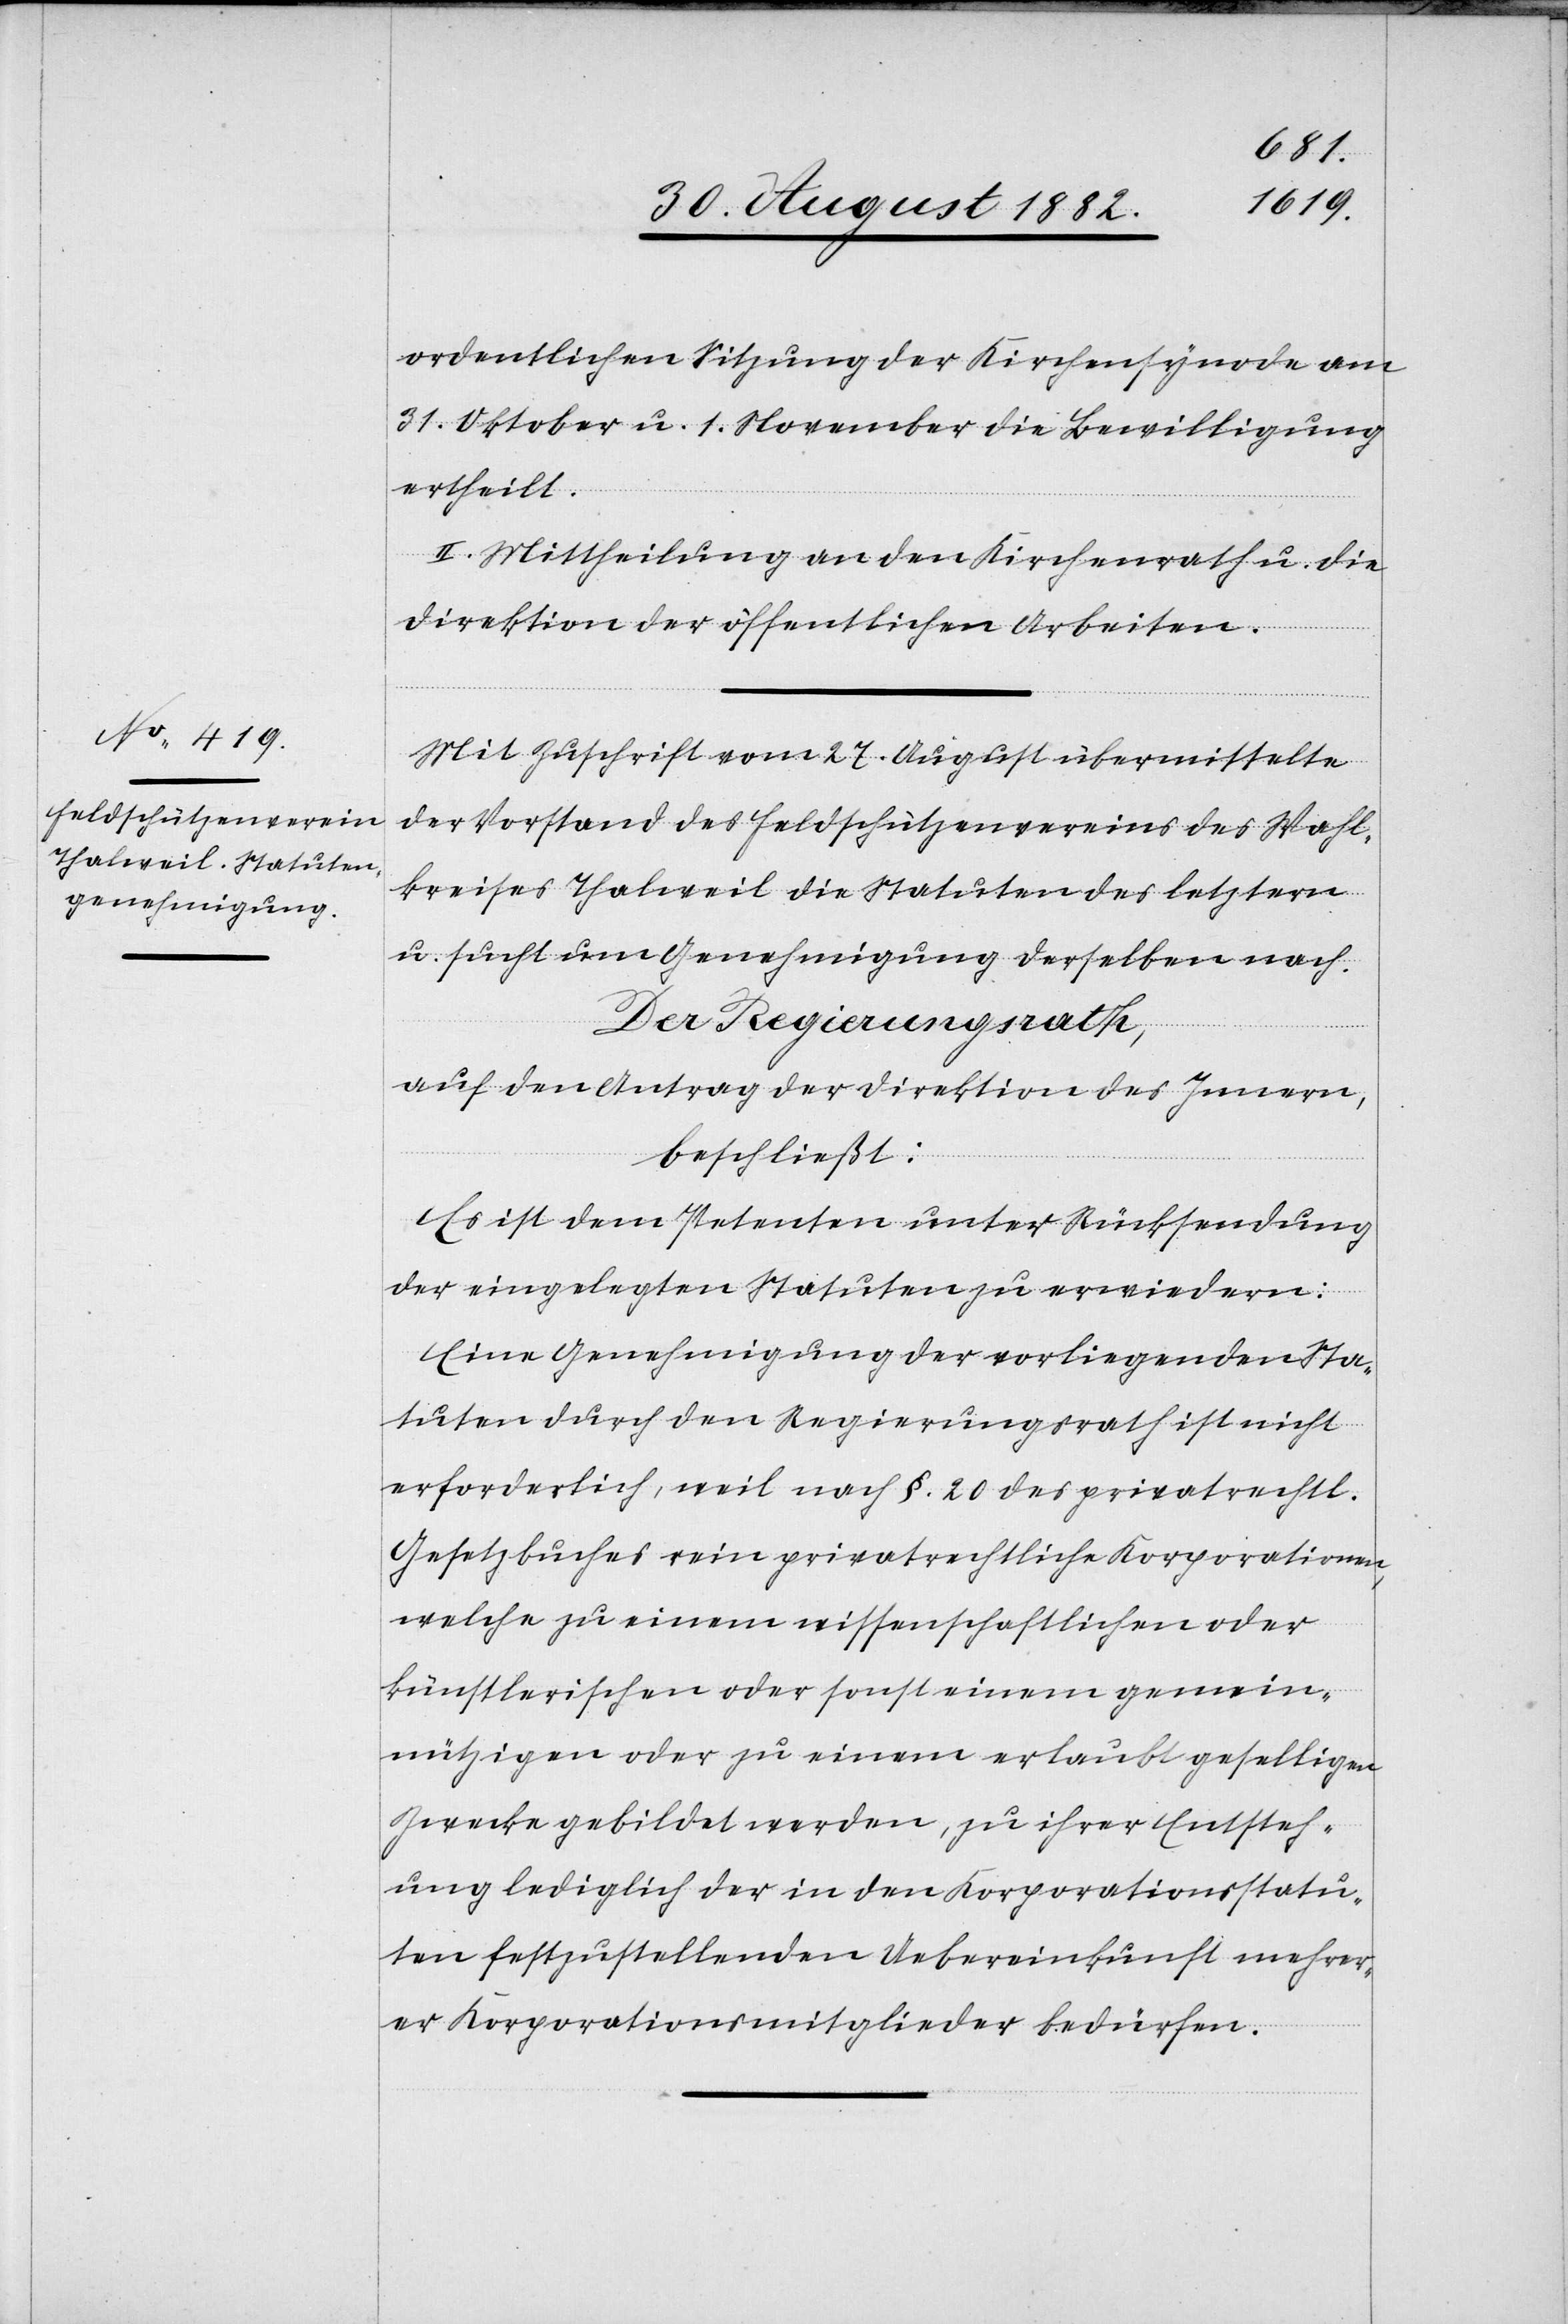
ordentlichen Sitzung der Kirchensynode am
31. Oktober u. 1. November die Bewilligung
ertheilt.
II. Mittheilung an den Kirchenrath u. die
Direktion der öffentlichen Arbeiten.
Mit Zuschrift vom 27. August übermittelte
der Vorstand des Feldschützenvereins des Wahl¬
kreises Thalweil die Statuten des letztern
u. sucht um Genehmigung derselben nach.
Der Regierungsrath,
auf den Antrag der Direktion des Innern,
beschließt:
Es ist dem Petenten unter Rücksendung
der eingelegten Statuten zu erwiedern:
Eine Genehmigung der vorliegenden Sta¬
tuten durch den Regierungsrath ist nicht
erforderlich, weil nach §. 20 des privatrechtl.
Gesetzbuches rein privatrechtliche Korporationen,
welche zu einem wissenschaftlichen oder
künstlerischen oder sonst einem gemein¬
nützigen oder zu einem erlaubt geselligen
Zwecke gebildet werden, zu ihrer Entsteh¬
ung lediglich der in den Korporationsstatu¬
ten festzustellenden Uebereinkunft mehrer¬
er Korporationsmitglieder bedürfen.